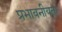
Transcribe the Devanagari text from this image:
प्रभावनीयता